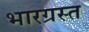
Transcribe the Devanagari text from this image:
भारग्रस्त